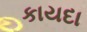
કાયદા